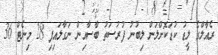
ރެއާލްގެ ލީޑު ކުޑަކޮށްލަން ލިބުނު ފުރުސަތު ބާސާއިން ނަގާލައިފި 28 މިނެޓް 36